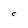
Character: C